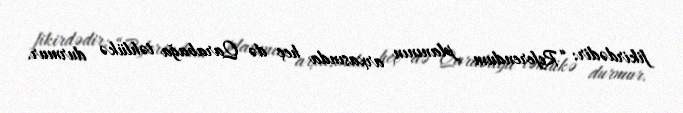
fikirdədir: “Referendum planının arxasında heç də Qarabağa təhlükə durmur.